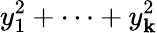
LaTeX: y_{1}^{2}+\cdots+y_{\mathbf{k}}^{2}